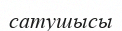
сатушысы